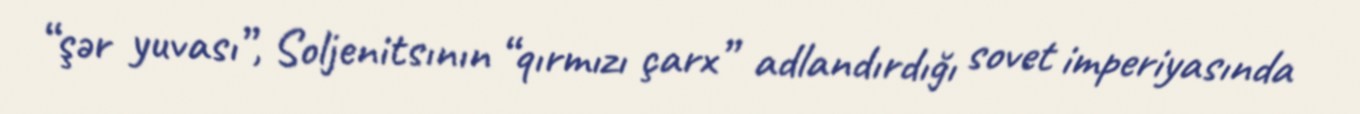
“şər yuvası”, Soljenitsının “qırmızı çarx” adlandırdığı sovet imperiyasında